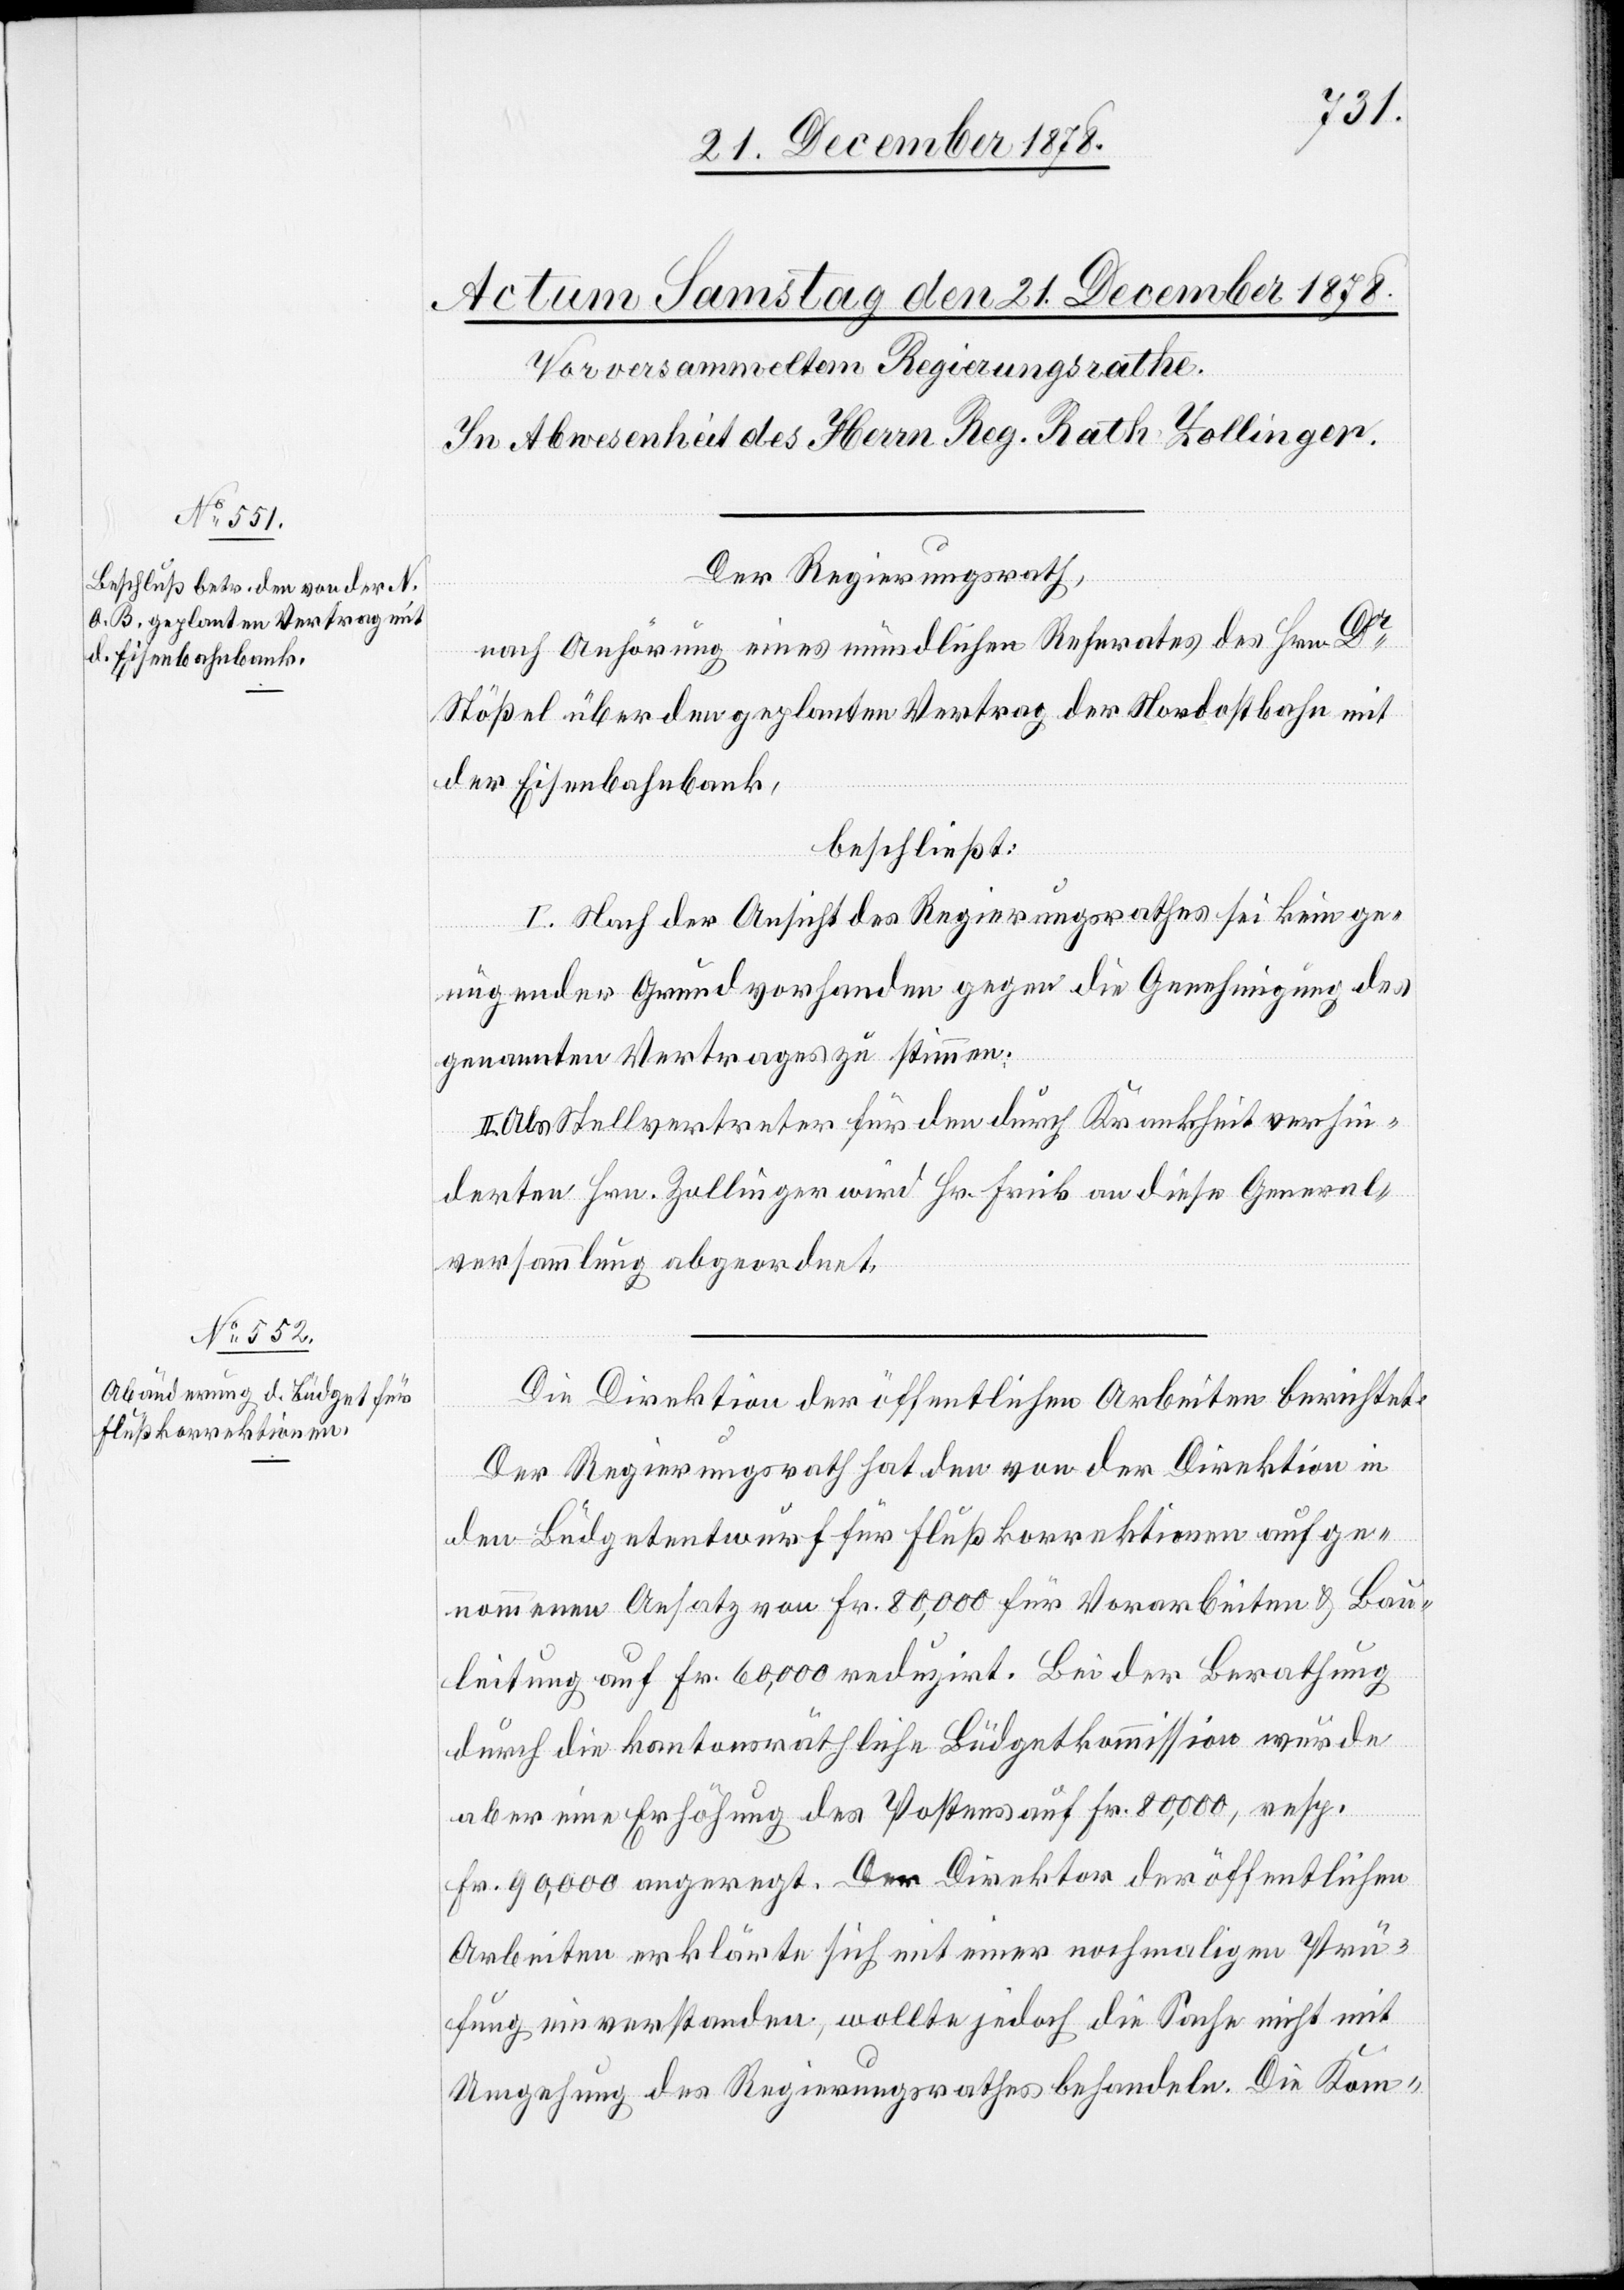
Der Regierungsrath,
nach Anhörung eines mündlichen Referates des Hrn. Dr
Stößel über den geplanten Vertrag der Nordostbahn mit
der Eisenbahnbank,
beschließt:
I. Nach der Ansicht des Regierungsrathes sei kein ge¬
nügender Grund vorhanden gegen die Genehmigung des
genannten Vertrages zu stimmen.
Als Stellvertreter für den durch Krankheit verhin¬
derten Hrn. Zollinger wird Hr. Frick an diese General¬
versammlung abgeordnet.
Die Direktion der öffentlichen Arbeiten berichtet:
Der Regierungsrath hat den von der Direktion in
den Büdgetentwurf für Flußkorrektionen aufge¬
nommenen Ansatz von Fr. 80,000 für Vorarbeiten & Bau¬
leitung auf Fr. 60,000 reduzirt. bei der Berathung
durch die kantonsräthliche Büdgetkommission wurde
aber eine Erhöhung des Postens auf Fr. 80,000, resp.
Fr. 90,000 angeregt. Der Direktor der öffentlichen
Arbeiten erklärte sich mit einer nochmaligen Prü¬
fung einverstanden, wollte jedoch die Sache nicht mit
Umgehung des Regierungsrathes behandeln. Die Kom-